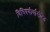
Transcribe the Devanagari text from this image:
विचित्रवीर्यासोबत